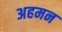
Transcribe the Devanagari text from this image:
अहमन